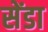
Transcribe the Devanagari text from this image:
सेंडा